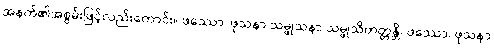
အနက်၏အစွမ်းဖြင့်လည်းကောင်း။ ဖဿော၊ ဖုသနာ သမ္ဖုသနာ သမ္ဖုသိတတ္တန္တိ၊ ဖဿော၊ ဖုသနာ